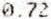
0.72